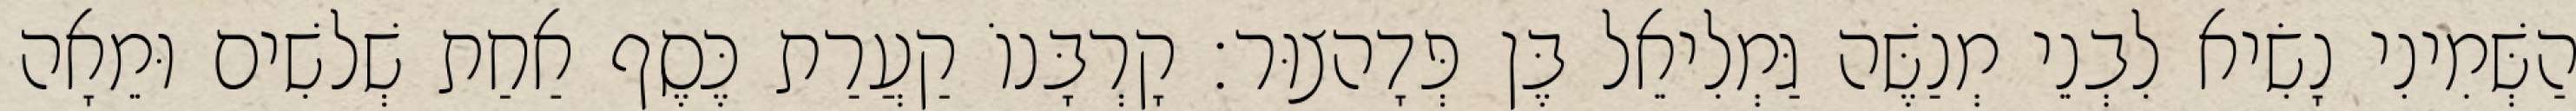
הַשְּׁמִינִי נָשִׂיא לִבְנֵי מְנַשֶּׁה גַּמְלִיאֵל בֶּן פְּדָהצוּר׃ קָרְבָּנוֹ קַעֲרַת כֶּסֶף אַחַת שְׁלשִׁים וּמֵאָה